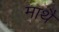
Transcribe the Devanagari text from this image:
माथै